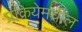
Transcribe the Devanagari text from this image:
प्रक्रियेमधील